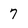
Character: 7